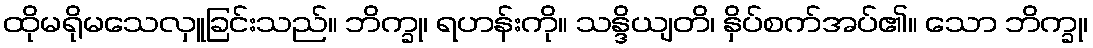
ထိုမရိုမသေလှူခြင်းသည်။ ဘိက္ခု၊ ရဟန်းကို။ သန္ဒိယျတိ၊ နှိပ်စက်အပ်၏။ သော ဘိက္ခု၊